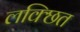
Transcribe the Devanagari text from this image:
लक्छित